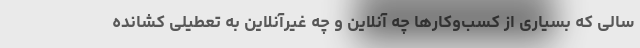
سالی که بسیاری از کسب‌وکارها چه آنلاین و چه غیرآنلاین به تعطیلی کشانده